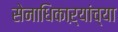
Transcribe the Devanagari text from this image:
सेनाधिकाऱ्यांच्या